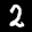
Label: 2